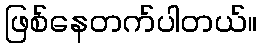
ဖြစ်နေတက်ပါတယ်။